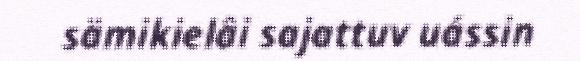
sämikielâi sajattuv uássin